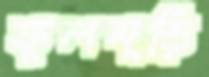
ফুলমুড়ি